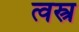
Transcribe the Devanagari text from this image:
त्वस्त्र